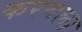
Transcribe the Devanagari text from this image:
करयला